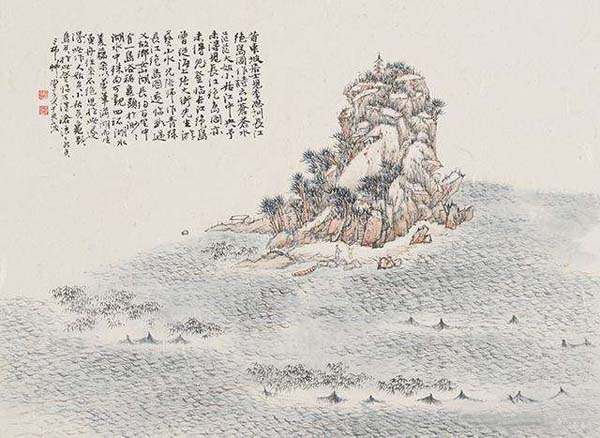
崖崩路绝猿鸟去，惟有乔木搀天长。